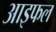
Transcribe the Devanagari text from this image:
आइफल